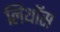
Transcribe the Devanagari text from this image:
लिथॉस